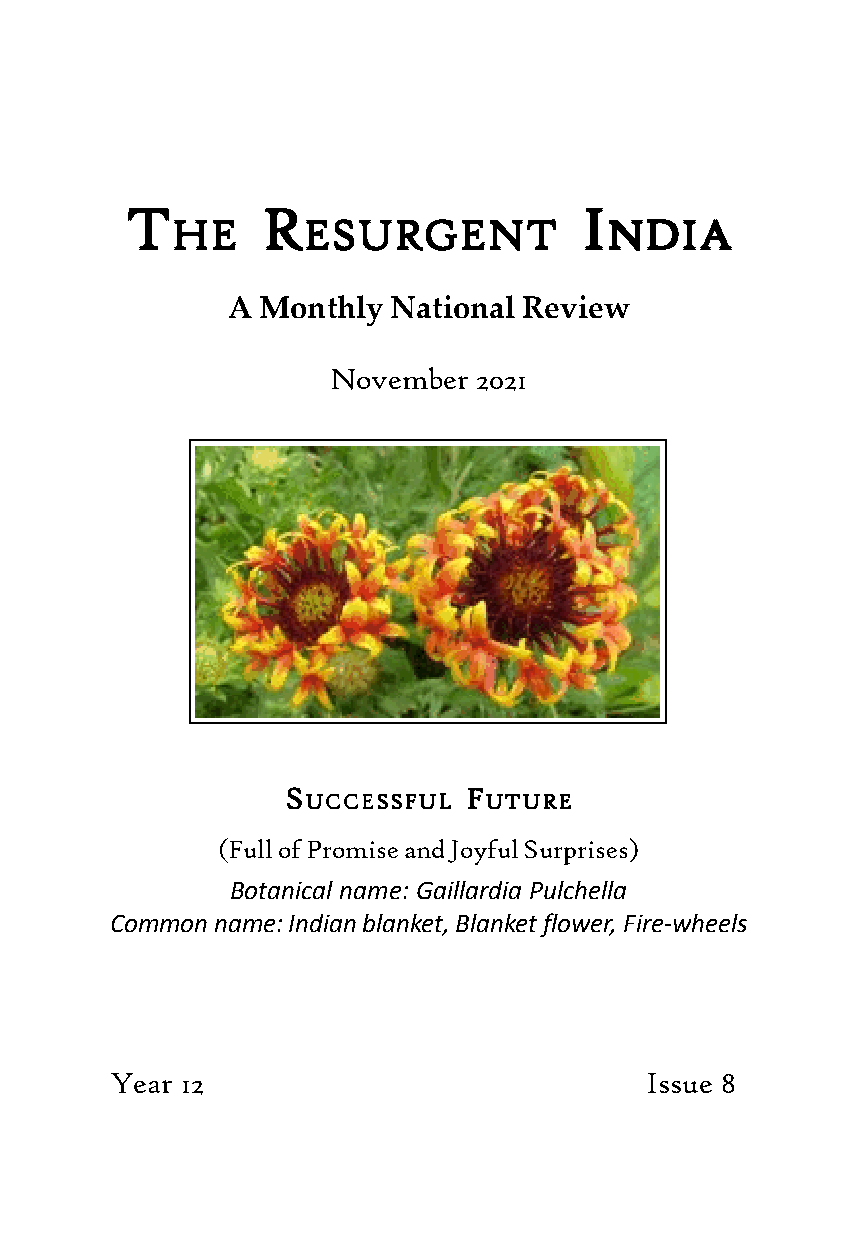
TTTTT    RRRRR                IIIII
 HHHHHEEEEE EEEEESSSSSUUUUURRRRRGGGGGEEEEENNNNNTTTTT NNNNNDDDDDIIIIIAAAAA
 A Monthly  National Review
 November  2021
 SSSSS
 UUUUUCCCCCCCCCCEEEEESSSSSSSSSSFFFFFUUUUULLLLL
 FFFFF
 UUUUUTTTTTUUUUURRRRREEEEE
 (Full of Promise and Joyful Surprises)
 Botanical name: Gaillardia Pulchella
 Common name: Indian blanket, Blanket flower, Fire-wheels
 Year 12                             Issue 8
 The Resurgent India   33333         November 2021